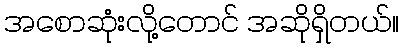
အစောဆုံးလို့တောင် အဆိုရှိတယ်။